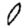
Digit: 0